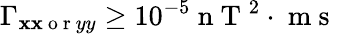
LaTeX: \Gamma_{\mathbf{x}\mathbf{x}\mathrm{{~o~r~}}yy}\geq10^{-5}\mathrm{{~n~T~}}^{2}\cdot\mathrm{{~m~s~}}